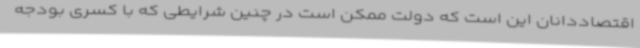
اقتصاددانان این است که دولت ممکن است در چنین شرایطی که با کسری بودجه